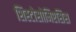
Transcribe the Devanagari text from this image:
शिस्टोसोमिएसिस